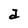
Character: a